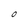
Character: O